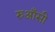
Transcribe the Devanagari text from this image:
रुआँसी